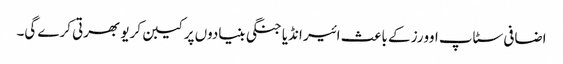
اضافی سٹاپ اوورز کے باعث ائیر انڈیا جنگی بنیادوں پر کیبن کریو بھرتی کرے گی۔